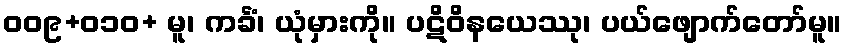
၀၀၉+၀၁၀+ မူ၊ ကင်္ခံ၊ ယုံမှားကို။ ပဋိဝိနယေဿု၊ ပယ်ဖျောက်တော်မူ။